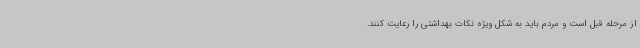
از مرحله قبل است و مردم باید به شکل ویژه نکات بهداشتی را رعایت کنند.